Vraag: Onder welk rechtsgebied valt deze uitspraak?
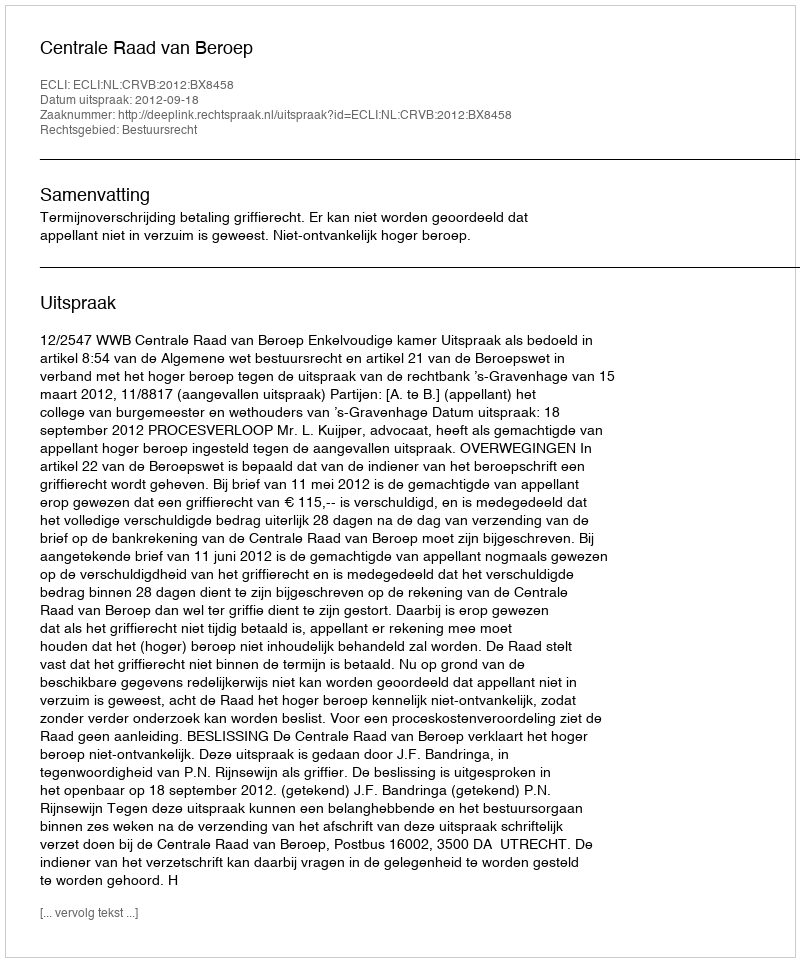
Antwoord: Bestuursrecht